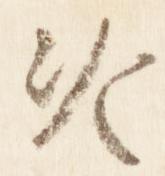
冷